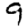
Digit: 9